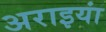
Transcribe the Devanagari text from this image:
अराइयां